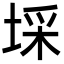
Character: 埰